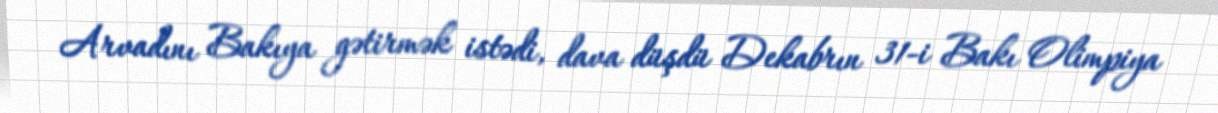
Arvadını Bakıya gətirmək istədi, dava düşdü Dekabrın 31-i Bakı Olimpiya